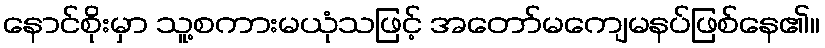
နောင်စိုးမှာ သူ့စကားမယုံသဖြင့် အတော်မကျေမနပ်ဖြစ်နေ၏။